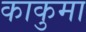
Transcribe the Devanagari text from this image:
काकुमा